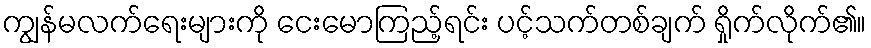
ကျွန်မလက်ရေးများကို ငေးမောကြည့်ရင်း ပင့်သက်တစ်ချက် ရှိုက်လိုက်၏။